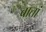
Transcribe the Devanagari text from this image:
बातां